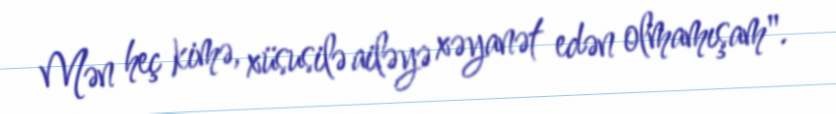
Mən heç kimə, xüsusilə ailəyə xəyanət edən olmamışam".